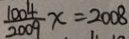
\frac { 1 0 0 4 } { 2 0 0 9 } x = 2 0 0 8